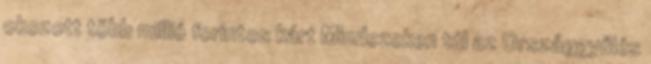
okozott több millió forintos kárt Mindezeken túl az Országgyűlés